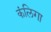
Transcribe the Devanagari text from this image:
कंलिगा